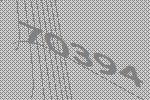
70394